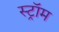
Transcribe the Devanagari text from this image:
स्ट्रॉम